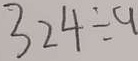
3 2 4 \div 9